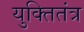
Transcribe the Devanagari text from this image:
युक्तितंत्र